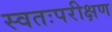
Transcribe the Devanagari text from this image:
स्वतःपरीक्षण